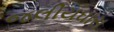
જલીયઘાસ